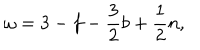
LaTeX: \omega = 3 - f - \frac { 3 } { 2 } b + \frac { 1 } { 2 } n ,